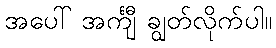
အပေါ် အင်္ကျီ ချွတ်လိုက်ပါ။